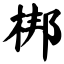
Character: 梆